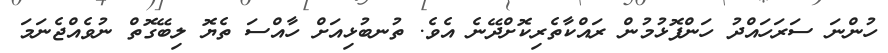
ހުންނަ ސަރަހައްދު ހަންފޮޅުމުން ރައްކާތެރިކޮށްދޭނެ އެވެ. ތުނބުޅިއަށް ހާއްސަ ތެޔޮ ލިބޭގޮތް ނުވެއްޖެނަމަ